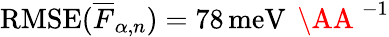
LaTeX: \mathrm{RMSE}(\overline{{F}}_{\alpha,n})=78\, \mathrm{meV}\, \mathrm{~\AA~}^{-1}